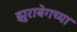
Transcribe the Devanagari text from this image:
झुराबेगच्या